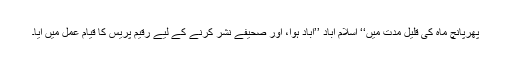
پھرپانچ ماہ کی قلیل مدت میں‘‘ اسلام آباد ’’آباد ہوا، اور صحیفے نشر کرنے کے لیے رقیم پریس کا قیام عمل میں آیا۔